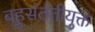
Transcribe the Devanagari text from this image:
बहुसंततीयुक्त